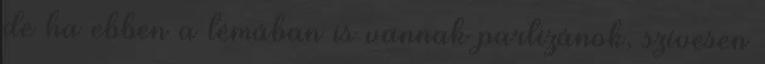
de ha ebben a témában is vannak partizánok, szívesen